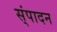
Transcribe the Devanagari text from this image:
स्ंपादन